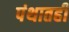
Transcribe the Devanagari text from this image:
पंथातही